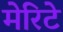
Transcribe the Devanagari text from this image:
मेरिटे